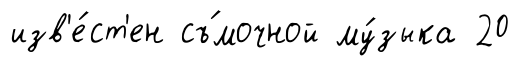
изв'е́ст'ен съ́мочной му́зыка 20